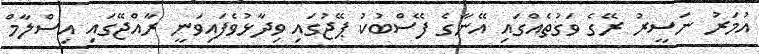
އުމަރު ނަސީރު ރޭގެ ވަގުތެއްގައި އޭނާގެ ފޭސްބުކު ޕޭޖުގައި ވިދާޅުވެފައިވަނީ ރާއްޖޭގައި އިސްލާމް